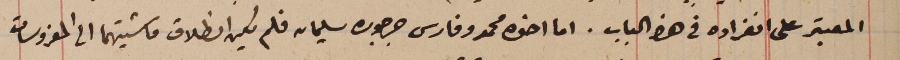
المعتبر على انفراده في هذ الباب. اما اخوه محمد وفارس جرجوره سليمان فلم يكن انطلاق ماشيتهما الى المغروسات